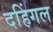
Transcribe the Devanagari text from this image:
दहिंगल